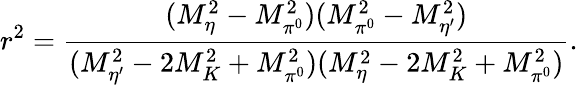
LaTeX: r^{2}=\frac{(M_{\eta}^{2}-M_{\pi^{0}}^{2})(M_{\pi^{0}}^{2}-M_{\eta^{\prime}}^{2})}{(M_{\eta^{\prime}}^{2}-2M_{K}^{2}+M_{\pi^{0}}^{2})(M_{\eta}^{2}-2M_{K}^{2}+M_{\pi^{0}}^{2})}.